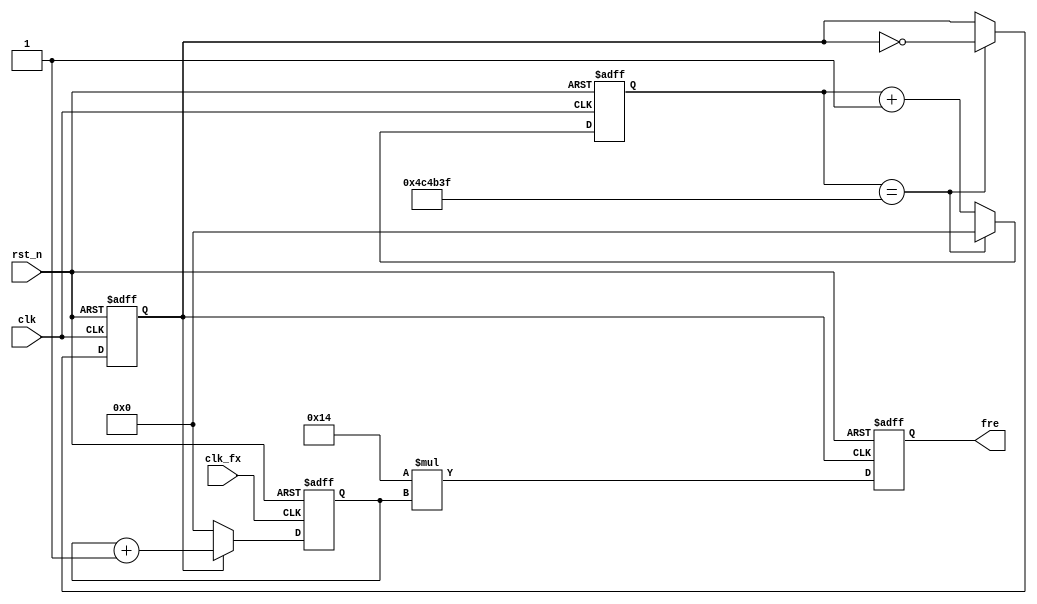
`timescale 1ns / 1ps


module cymometer_direct(
     input clk,
     input rst_n,
     input clk_fx,								//
     output  reg [31:0] fre						// 
    );
    parameter	TIME_SYS  = 10	;				//10ns--=100MHz
    parameter	TIME_GATE = 50_000_000	;		//500msns
    localparam	N = TIME_GATE /	TIME_SYS;		//
    reg 		gate		;					//
    reg [31:0] 	cnt_gate	;					//
    reg [31:0] 	cnt_fx		;					//
    wire		gate_n		;					//
    assign	gate_n = ~gate	;					//

always @(posedge clk or negedge rst_n)
   begin	
	if(!rst_n)
	   begin
		cnt_gate <=0;
		gate <=0;
	end	
	else begin
		if(cnt_gate == N-1)
		   begin
			cnt_gate <= 0;
			gate <= ~gate;
		end	
		else
		cnt_gate<=cnt_gate+1;
	end
end 
 
//
always @(posedge clk_fx or negedge rst_n)
    begin	
	if(!rst_n)
		cnt_fx <= 0;
	else if(gate)
		cnt_fx <= cnt_fx + 1;
	else
		cnt_fx <= 0;
end
 
//
always @(posedge gate_n or negedge rst_n)
   begin	
	if(!rst_n)
		fre <= 0;
	else 
		//TIME_GATE/cnt_fx=/=
		//fre=1/(TIME_GATE/cnt_fx)
		fre <= 1000_000_000/TIME_GATE * cnt_fx;	
end
endmodule